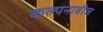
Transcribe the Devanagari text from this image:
कल्पनाबीज